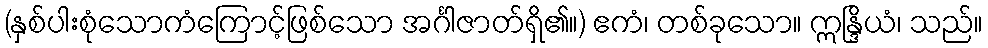
(နှစ်ပါးစုံသောကံကြောင့်ဖြစ်သော အင်္ဂါဇာတ်ရှိ၏။) ဧကံ၊ တစ်ခုသော။ ဣန္ဒြိယံ၊ သည်။